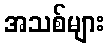
အသစ်များ